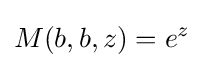
M(b,b,z)=e^{z}